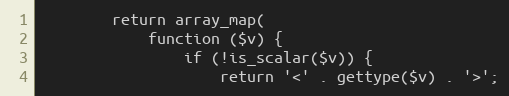
Language: PHP
        return array_map(
            function ($v) {
                if (!is_scalar($v)) {
                    return '<' . gettype($v) . '>';